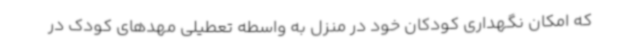
که امکان نگهداری کودکان خود در منزل به واسطه تعطیلی مهدهای کودک در